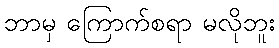
ဘာမှ ကြောက်စရာ မလိုဘူး